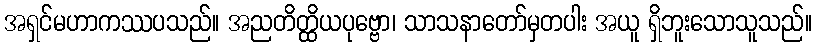
အရှင်မဟာကဿပသည်။ အညတိတ္ထိယပုဗ္ဗော၊ သာသနာတော်မှတပါး အယူ ရှိဘူးသောသူသည်။